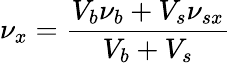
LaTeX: \nu_{x}=\frac{V_{b}\nu_{b}+V_{s}\nu_{sx}}{V_{b}+V_{s}}